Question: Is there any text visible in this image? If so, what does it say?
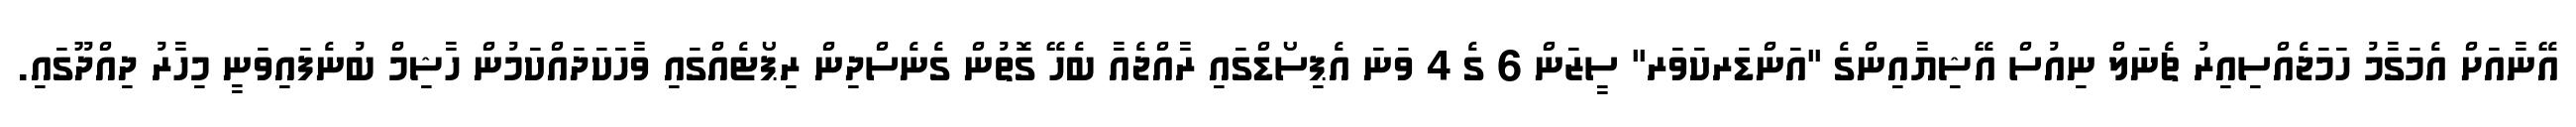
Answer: އޭނާއަށް އެމަގާމު ހަމަޖެއްސިއިރު ޗެނަލް ނިއުސް އޭޝިޔާއިންގެ "އަންޑަރކަވަރ" ސީޒަން 6 ގެ 4 ވަނަ އެޕިސޯޑްގައި ރާއްޖެއާ ބެހޭ ގޮތުން ގެނެސްދިން ރިޕޯޓެއްގައި ވާހަކަދައްކަމުން ހާޝިމް ބުނެފައިވަނީ މިހާރު ދިއްދޫގައި.